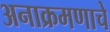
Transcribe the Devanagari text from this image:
अनाक्रमणाचे